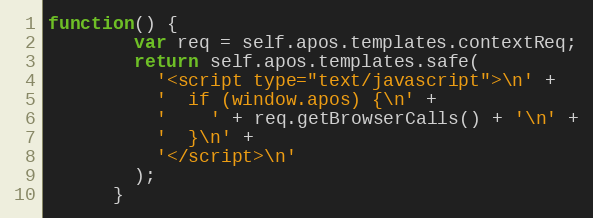
Language: JavaScript
function() {
        var req = self.apos.templates.contextReq;
        return self.apos.templates.safe(
          '<script type="text/javascript">\n' +
          '  if (window.apos) {\n' +
          '    ' + req.getBrowserCalls() + '\n' +
          '  }\n' +
          '</script>\n'
        );
      }